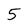
Character: 5